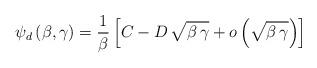
LaTeX: \begin{align*}\psi_d \, (\beta , \gamma) = \frac{1}{\beta} \left[ C - D \,\sqrt{\beta \, \gamma} + o \left( \sqrt{\beta \, \gamma} \right)\right] \end{align*}